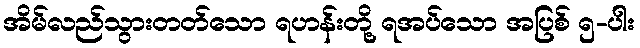
အိမ်လည်သွားတတ်သော ရဟန်းတို့ ရအပ်သော အပြစ် ၅-ပါး